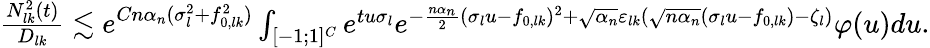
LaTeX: \begin{array}{r}{\frac{N_{lk}^{2}(t)}{D_{lk}}\lesssim e^{Cn\alpha_{n}(\sigma_{l}^{2}+f_{0,lk}^{2})}\int_{[-1;1]^{C}}e^{tu\sigma_{l}}e^{-\frac{n\alpha_{n}}{2}(\sigma_{l}u-f_{0,lk})^{2}+\sqrt{\alpha_{n}}\varepsilon_{lk}(\sqrt{n\alpha_{n}}(\sigma_{l}u-f_{0,lk})-\zeta_{l})}\varphi(u)du.}\end{array}